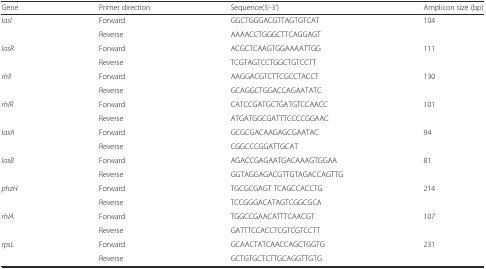
<table><thead><tr><td><b>Gene</b></td><td><b>Primer direction</b></td><td><b>Sequence(5’-3’)</b></td><td><b>Amplicon size (bp)</b></td></tr></thead><tbody><tr><td rowspan="2"><i>lasI</i></td><td>Forward</td><td>GGCTGGGACGTTAGTGTCAT</td><td>104</td></tr><tr><td>Reverse</td><td>AAAACCTGGGCTTCAGGAGT</td><td></td></tr><tr><td><i>lasR</i></td><td>Forward</td><td>ACGCTCAAGTGGAAAATTGG</td><td>111</td></tr><tr><td></td><td>Reverse</td><td>TCGTAGTCCTGGCTGTCCTT</td><td></td></tr><tr><td><i>rhlI</i></td><td>Forward</td><td>AAGGACGTCTTCGCCTACCT</td><td>130</td></tr><tr><td></td><td>Reverse</td><td>GCAGGCTGGACCAGAATATC</td><td></td></tr><tr><td><i>rhlR</i></td><td>Forward</td><td>CATCCGATGCTGATGTCCAACC</td><td>101</td></tr><tr><td></td><td>Reverse</td><td>ATGATGGCGATTTCCCCGGAAC</td><td></td></tr><tr><td><i>lasA</i></td><td>Forward</td><td>GCGCGACAAGAGCGAATAC</td><td>94</td></tr><tr><td></td><td>Reverse</td><td>CGGCCCGGATTGCAT</td><td></td></tr><tr><td><i>lasB</i></td><td>Forward</td><td>AGACCGAGAATGACAAAGTGGAA</td><td>81</td></tr><tr><td></td><td>Reverse</td><td>GGTAGGAGACGTTGTAGACCAGTTG</td><td></td></tr><tr><td><i>phzH</i></td><td>Forward</td><td>TGCGCGAGT TCAGCCACCTG</td><td>214</td></tr><tr><td></td><td>Reverse</td><td>TCCGGGACATAGTCGGCGCA</td><td></td></tr><tr><td><i>rhlA</i></td><td>Forward</td><td>TGGCCGAACATTTCAACGT</td><td>107</td></tr><tr><td></td><td>Reverse</td><td>GATTTCCACCTCGTCGTCCTT</td><td></td></tr><tr><td><i>rpsL</i></td><td>Forward</td><td>GCAACTATCAACCAGCTGGTG</td><td>231</td></tr><tr><td></td><td>Reverse</td><td>GCTGTGCTCTTGCAGGTTGTG</td><td></td></tr></tbody></table>